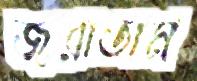
জরাতাম